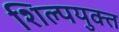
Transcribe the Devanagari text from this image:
शिल्पयुक्त